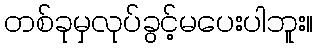
တစ်ခုမှလုပ်ခွင့်မပေးပါဘူး။